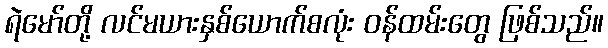
ရဲမော်တို့ လင်မယားနှစ်ယောက်စလုံး ဝန်ထမ်းတွေ ဖြစ်သည်။